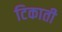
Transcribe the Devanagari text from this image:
टिकाती